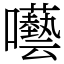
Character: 囈